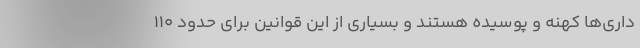
داری‌ها کهنه و پوسیده‌ هستند و بسیاری از این قوانین برای حدود ۱۱۰